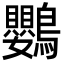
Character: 鸚